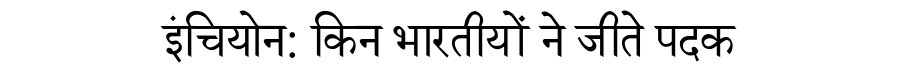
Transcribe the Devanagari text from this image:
इंचियोन: किन भारतीयों ने जीते पदक